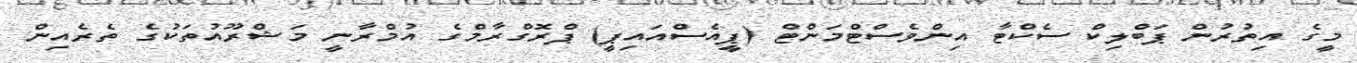
މީގެ އިތުރުން ޕަބްލިކް ސެކްޓާ އިންވެސްޓްމަންޓް (ޕީއެސްއައިޕީ) ޕްރޮގްރާމްގެ އުމްރާނީ މަޝްރޫއުތަކުގެ ތެރެއިން